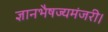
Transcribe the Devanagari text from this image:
ज्ञानभैषज्यमंजरी।